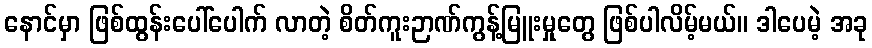
နောင်မှာ ဖြစ်ထွန်းပေါ်ပေါက် လာတဲ့ စိတ်ကူးဉာဏ်ကွန့်မြူးမှုတွေ ဖြစ်ပါလိမ့်မယ်။ ဒါပေမဲ့ အခု